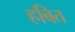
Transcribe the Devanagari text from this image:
हबित